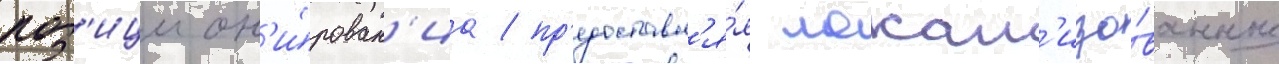
поз'ицион'и́рован'иа / пр'едоставл'я́я локал'изо́ванные